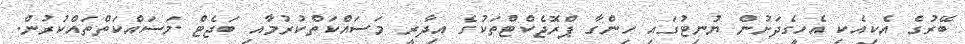
ބޭރުގެ އެކިއެކި އެހީގެދަށުން ޔުނިޓުގައި ހިންގާ ޕްރޮޖެކްޓްތަކުގެ އިދާރީ މަސައްކަތްކުރުމާއި ބަޖެޓް މަސައްކަތްތައްކުރުން.